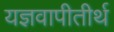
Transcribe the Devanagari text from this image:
यज्ञवापीतीर्थ